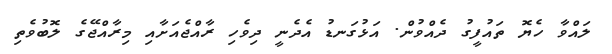
ލައްވާ ހެޔޮ ތައުފީގު ދެއްވުން. އަޅުގަނޑު އެދެނީ ދިވެހި ރާއްޖެއަށާއި މިރާއްޖޭގެ ލޮބުވެތި